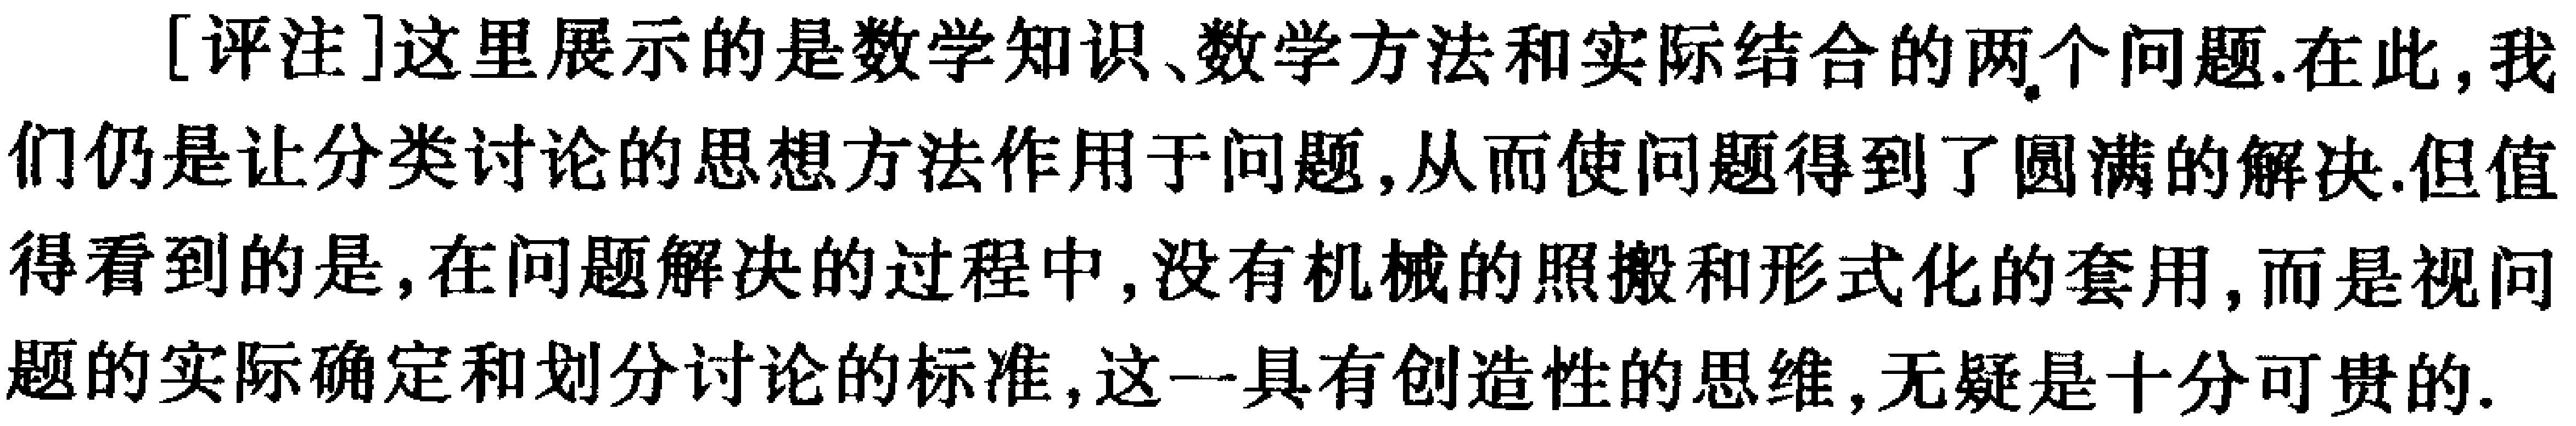
[评注]这里展示的是数学知识、数学方法和实际结合的两个问题.在此,我们仍是让分类讨论的思想方法作用于问题,从而使问题得到了圆满的解决.但值得看到的是,在问题解决的过程中,没有机械的照搬和形式化的套用,而是视问题的实际确定和划分讨论的标准,这一具有创造性的思维,无疑是十分可贵的.